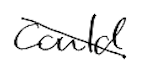
Text: could
Cross-out: diagonal
Writing tool: digital_black